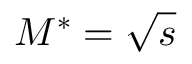
M ^ { * } = \sqrt { s }